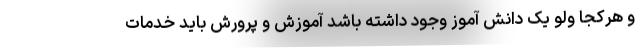
و هرکجا ولو یک دانش آموز وجود داشته باشد آموزش و پرورش باید خدمات